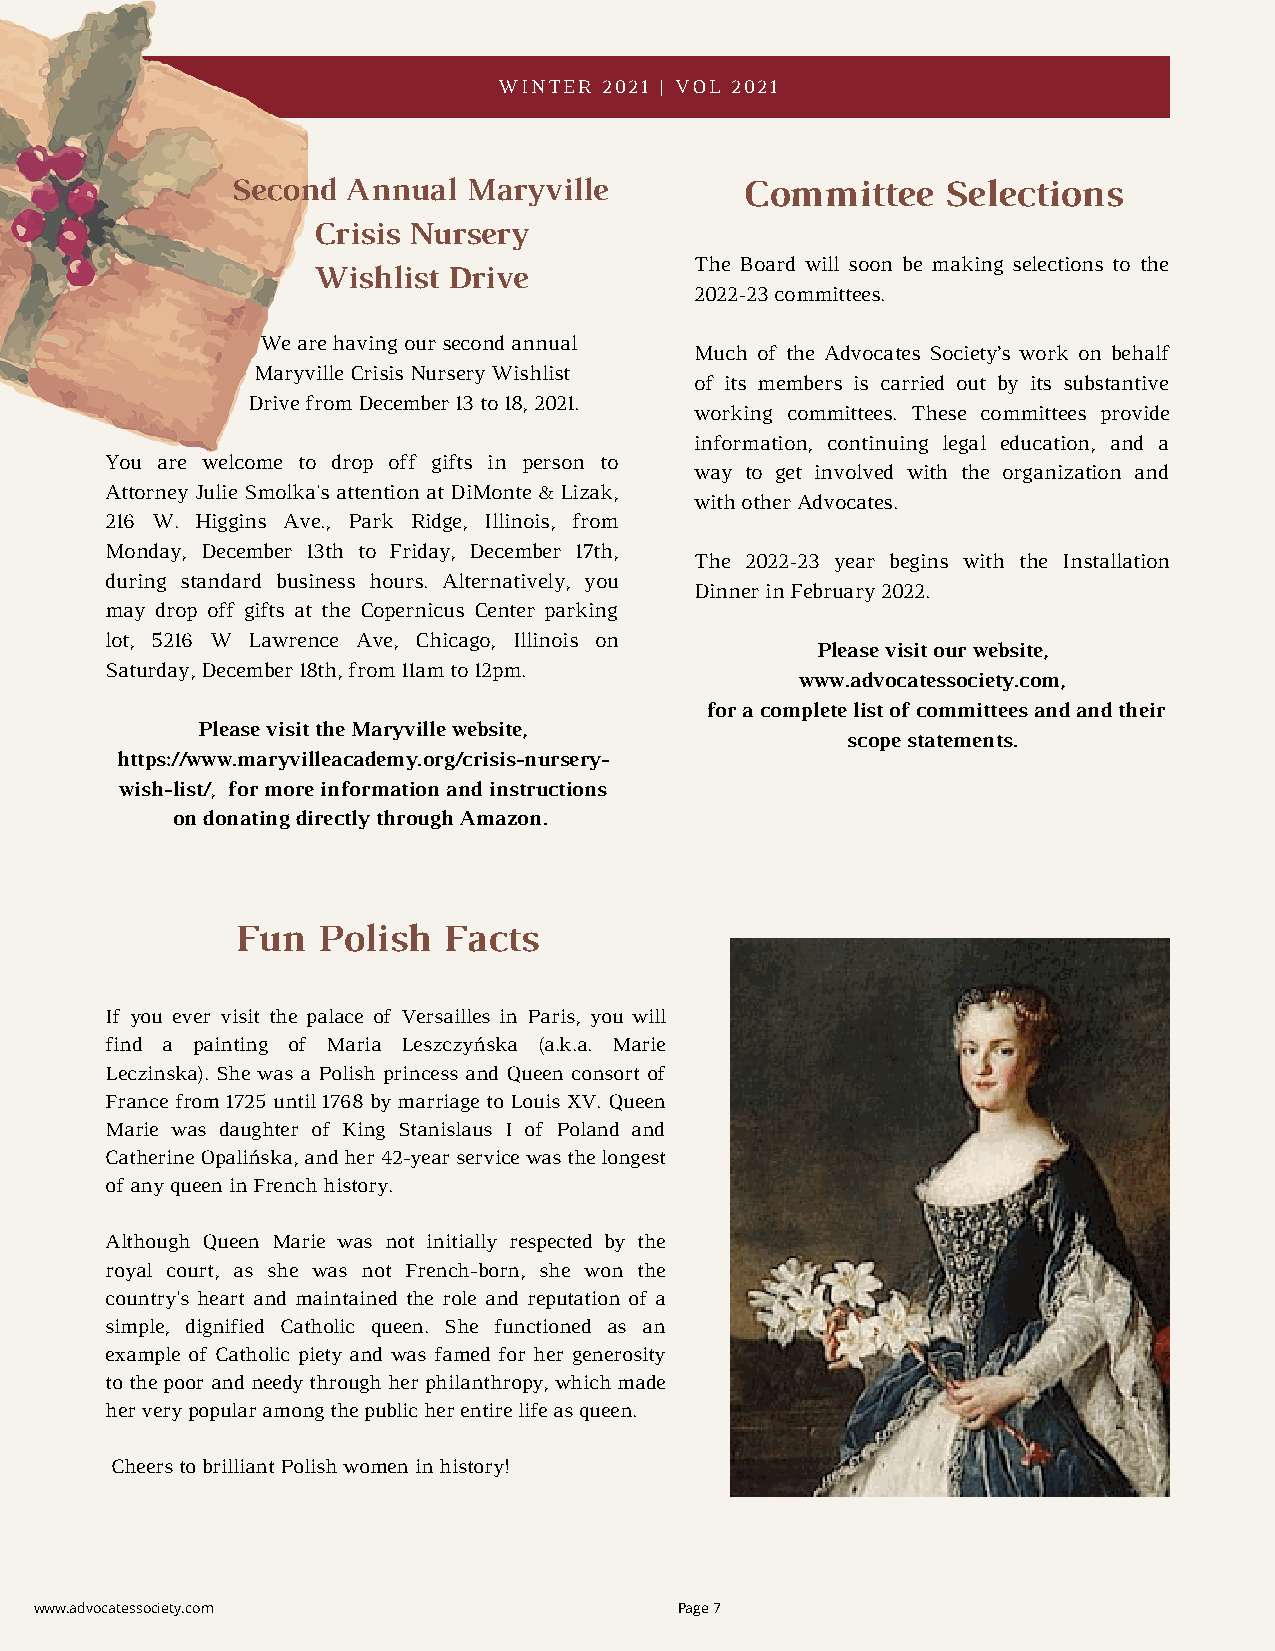
WINTER 2021 | VOL 2021
 Second  Annual  Maryville         Committee    Selections
 Crisis Nursery
 The Board will soon be making selections to the
 Wishlist Drive
 2022-23 committees.
 We are having our second annual
 Much of the Advocates Society’s work on behalf
 Maryville Crisis Nursery Wishlist
 of its members is carried out by its substantive
 Drive from December 13 to 18, 2021.
 working committees. These committees provide
 information, continuing legal education, and a
 You are welcome to drop off gifts in person to
 way to get involved with the organization and
 Attorney Julie Smolka's attention at DiMonte & Lizak,
 with other Advocates.
 216 W. Higgins Ave., Park Ridge, Illinois, from
 Monday, December 13th to Friday, December 17th,
 The 2022-23 year begins with the Installation
 during standard business hours. Alternatively, you
 Dinner in February 2022.
 may drop off gifts at the Copernicus Center parking
 lot, 5216 W Lawrence Ave, Chicago, Illinois on
 Please visit our website,
 Saturday, December 18th, from 11am to 12pm.
 www.advocatessociety.com,
 for a complete list of committees and and their
 Please visit the Maryville website,
 scope statements.
 https://www.maryvilleacademy.org/crisis-nursery-
 wish-list/, for more information and instructions
 on donating directly through Amazon.
 Fun   Polish  Facts
 If you ever visit the palace of Versailles in Paris, you will
 find a painting of Maria Leszczyńska (a.k.a. Marie
 Leczinska). She was a Polish princess and Queen consort of
 France from 1725 until 1768 by marriage to Louis XV. Queen
 Marie was daughter of King Stanislaus I of Poland and
 Catherine Opalińska, and her 42-year service was the longest
 of any queen in French history.
 Although Queen Marie was not initially respected by the
 royal court, as she was not French-born, she won the
 country's heart and maintained the role and reputation of a
 simple, dignified Catholic queen. She functioned as an
 example of Catholic piety and was famed for her generosity
 to the poor and needy through her philanthropy, which made
 her very popular among the public her entire life as queen.
 Cheers to brilliant Polish women in history!
 www.advocatessociety.com                   Page 7